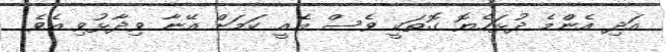
އަދި އެންމެ ދުޅަހެޔޮ ގޮތަކީ ވެސް އެއީ ކަމަށް އޭނާ ވިދާޅުވި އެވެ.